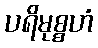
ပရိမုစ္စဟံ